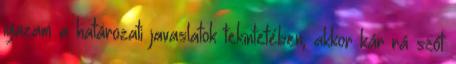
igazam a határozati javaslatok tekintetében, akkor kár rá szót